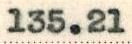
135.21